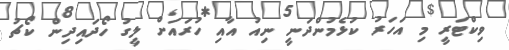
ވިކްޓަރީ މި އަހަރު ކުޅެމުންދަނީ ނިއު އާއި ހުރައަށް ލީގު ހޯދައިދިން ކޯޗު